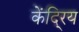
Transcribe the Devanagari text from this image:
केंदि्रय